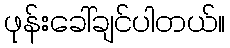
ဖုန်းခေါ်ချင်ပါတယ်။